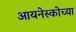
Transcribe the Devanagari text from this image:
आयनेस्कोच्या